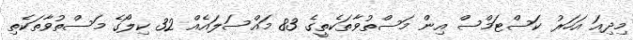
މިދިއަ އަހަރު ކަސްޓަމްސް އިން މަސްތުވާތަކެތީގެ 83 މައްސަލައެއް 32 ކިލޯގެ މަސްތުވާތަކެތި